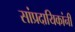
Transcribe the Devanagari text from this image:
सांप्रदायिकांनी